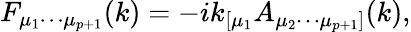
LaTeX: F_{{\mu}_{1}{\cdots}{\mu}_{p+1}}(k)=-ik_{[{\mu}_{1}}A_{{\mu}_{2}{\cdots}{\mu}_{p+1}]}(k),